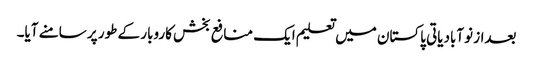
بعداز نوآبادیاتی پاکستان میں تعلیم ایک منافع بخش کاروبار کے طور پر سامنے آیا۔